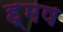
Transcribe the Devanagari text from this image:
ह्मष